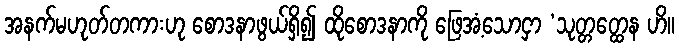
အနက်မဟုတ်တကားဟု စောဒနာဖွယ်ရှိ၍ ထိုစောဒနာကို ဖြေအံ့သောငှာ ‘သုတ္တတ္ထေန ဟိ။